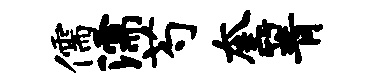
儒濡芍奎箐